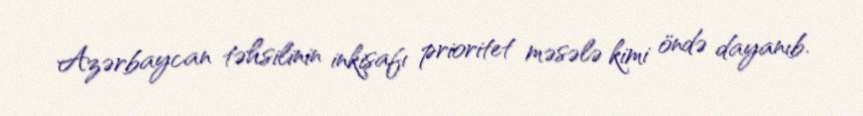
Azərbaycan təhsilinin inkişafı prioritet məsələ kimi öndə dayanıb.